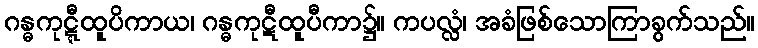
ဂန္ဓကုဋ္ဋီထူပိကာယ၊ ဂန္ဓကုဋီထူပီကာ၌။ ကပလ္လံ၊ အခံဖြစ်သောကြာခွက်သည်။